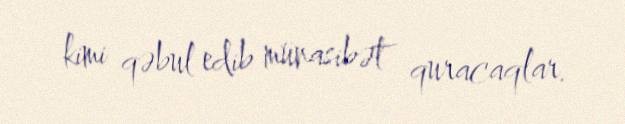
kimi qəbul edib münasibət quracaqlar.